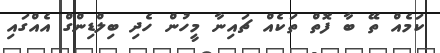
ކަމެއް ތޭ ބާ ފޮތް ތަކެއް ޗައިނާ މީހުން ހެދި ބިލްޑިންގް އެއްގައި